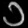
Digit: ၁